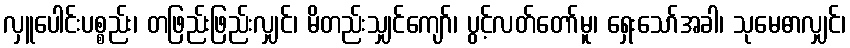
လှူပေါင်းပစ္စည်း၊ တဖြည်းဖြည်းလျှင်၊ မိတည်းသျှင်ကျော်၊ ပွင့်လတ်တော်မူ၊ ရှေးသော်အခါ၊ သုမေဓာလျှင်၊